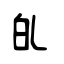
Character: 癿